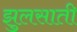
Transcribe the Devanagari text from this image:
झुलसाती